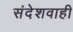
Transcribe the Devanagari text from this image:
संदेशवाही